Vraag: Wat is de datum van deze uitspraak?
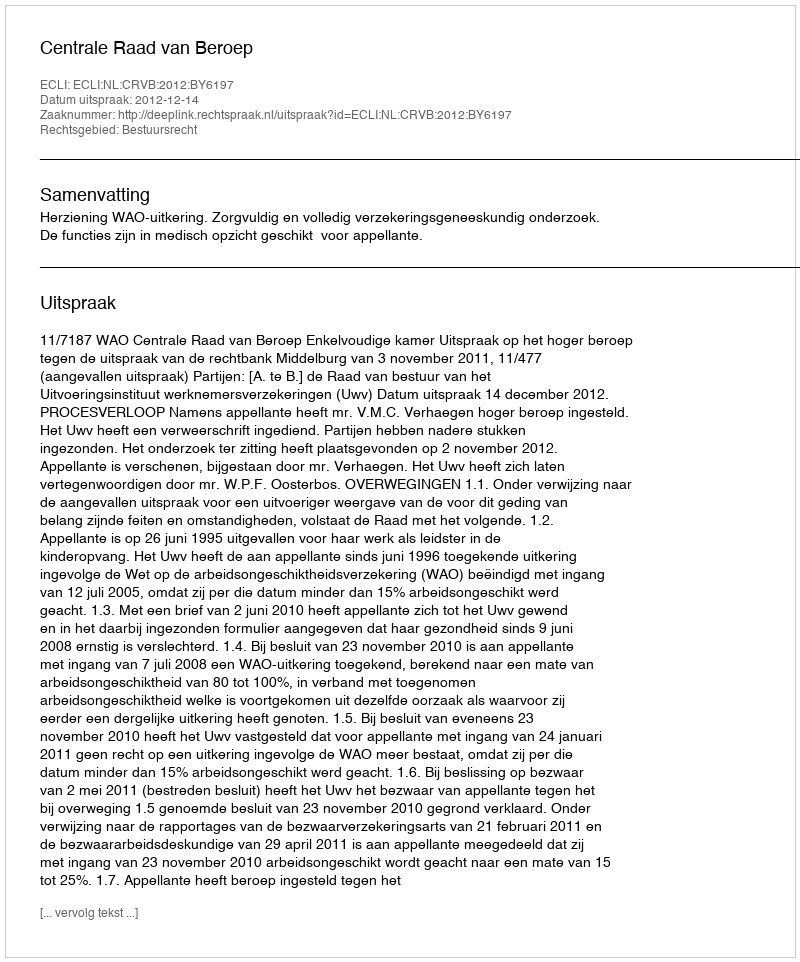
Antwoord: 2012-12-14